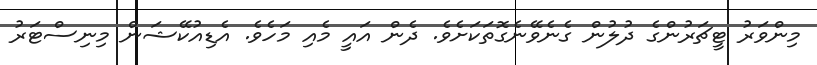
މިންވަރު ޓީޗަރުންގެ ދުލުން ގެނެވޭނެގޮތަކަށެވެ. ދެން އައީ މެއި މަހެވެ. އެޑިއުކޭޝަން މިނިސްޓަރު